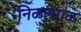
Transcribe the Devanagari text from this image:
निळलगळ